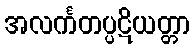
အလင်္ကတပ္ပဋိယတ္တာ